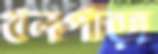
থলপাড়া